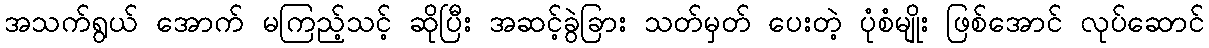
အသက်ရွယ် အောက် မကြည့်သင့် ဆိုပြီး အဆင့်ခွဲခြား သတ်မှတ် ပေးတဲ့ ပုံစံမျိုး ဖြစ်အောင် လုပ်ဆောင်